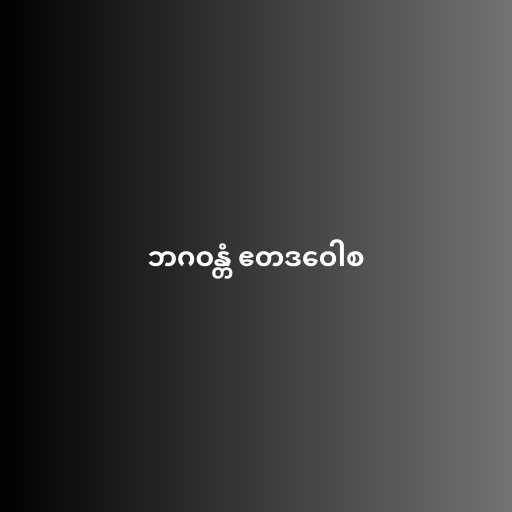
ဘဂဝန္တံ ဧတဒဝေါစ